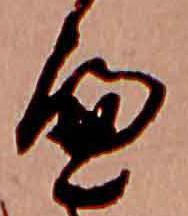
へ